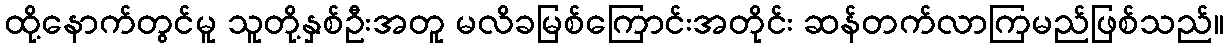
ထို့နောက်တွင်မူ သူတို့နှစ်ဦးအတူ မလိခမြစ်ကြောင်းအတိုင်း ဆန်တက်လာကြမည်ဖြစ်သည်။